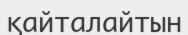
қайталайтын